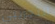
التجريبي